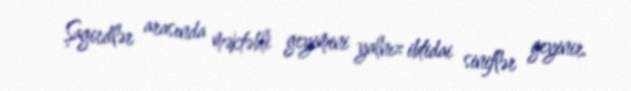
Şagirdlər arasında məktəbli geyimini yalnız ibtidai siniflər geyinir.